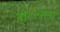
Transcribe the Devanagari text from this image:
बीटल्सना